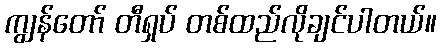
ကျွန်တော် တီရှပ် တစ်ထည်လိုချင်ပါတယ်။